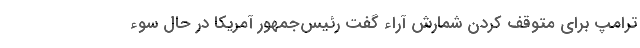
ترامپ برای متوقف کردن شمارش آراء گفت رئیس‌جمهور آمریکا در حال سوء